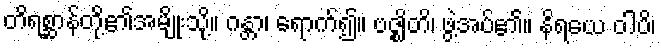
တိရစ္ဆာန်တို့၏အမျိုးသို့။ ဂန္တာ၊ ရောက်၍။ ဗဇ္ဈိတိ၊ ဖွဲ့အပ်၏။ နိရယေ ဝါပိ၊